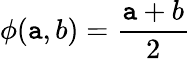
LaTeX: \phi(\mathtt{a},b)=\frac{{\mathtt{a}+b}}{{2}}